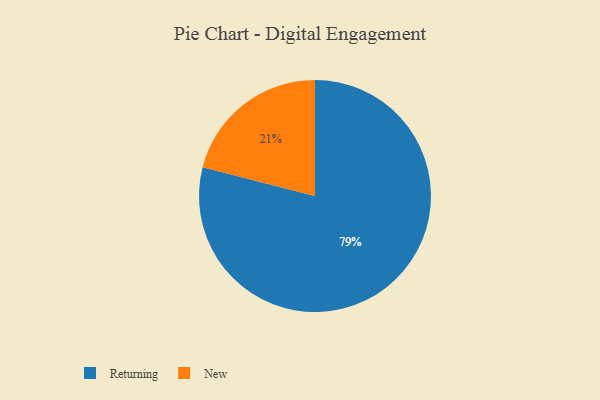
{"axis": {"x": "Category", "y": "Percentage"}, "legend": ["New", "Returning"], "data": [{"x": "New", "y": 21, "type": "New"}, {"x": "Returning", "y": 79, "type": "Returning"}]}